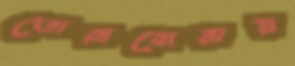
তোরাবোরায়